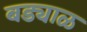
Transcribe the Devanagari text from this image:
बड्याळ